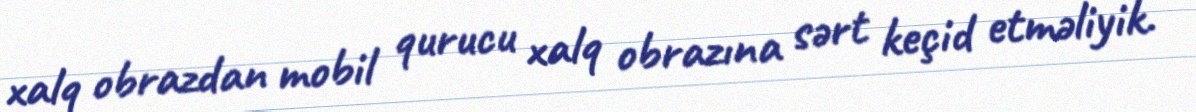
xalq obrazdan mobil qurucu xalq obrazına sərt keçid etməliyik.